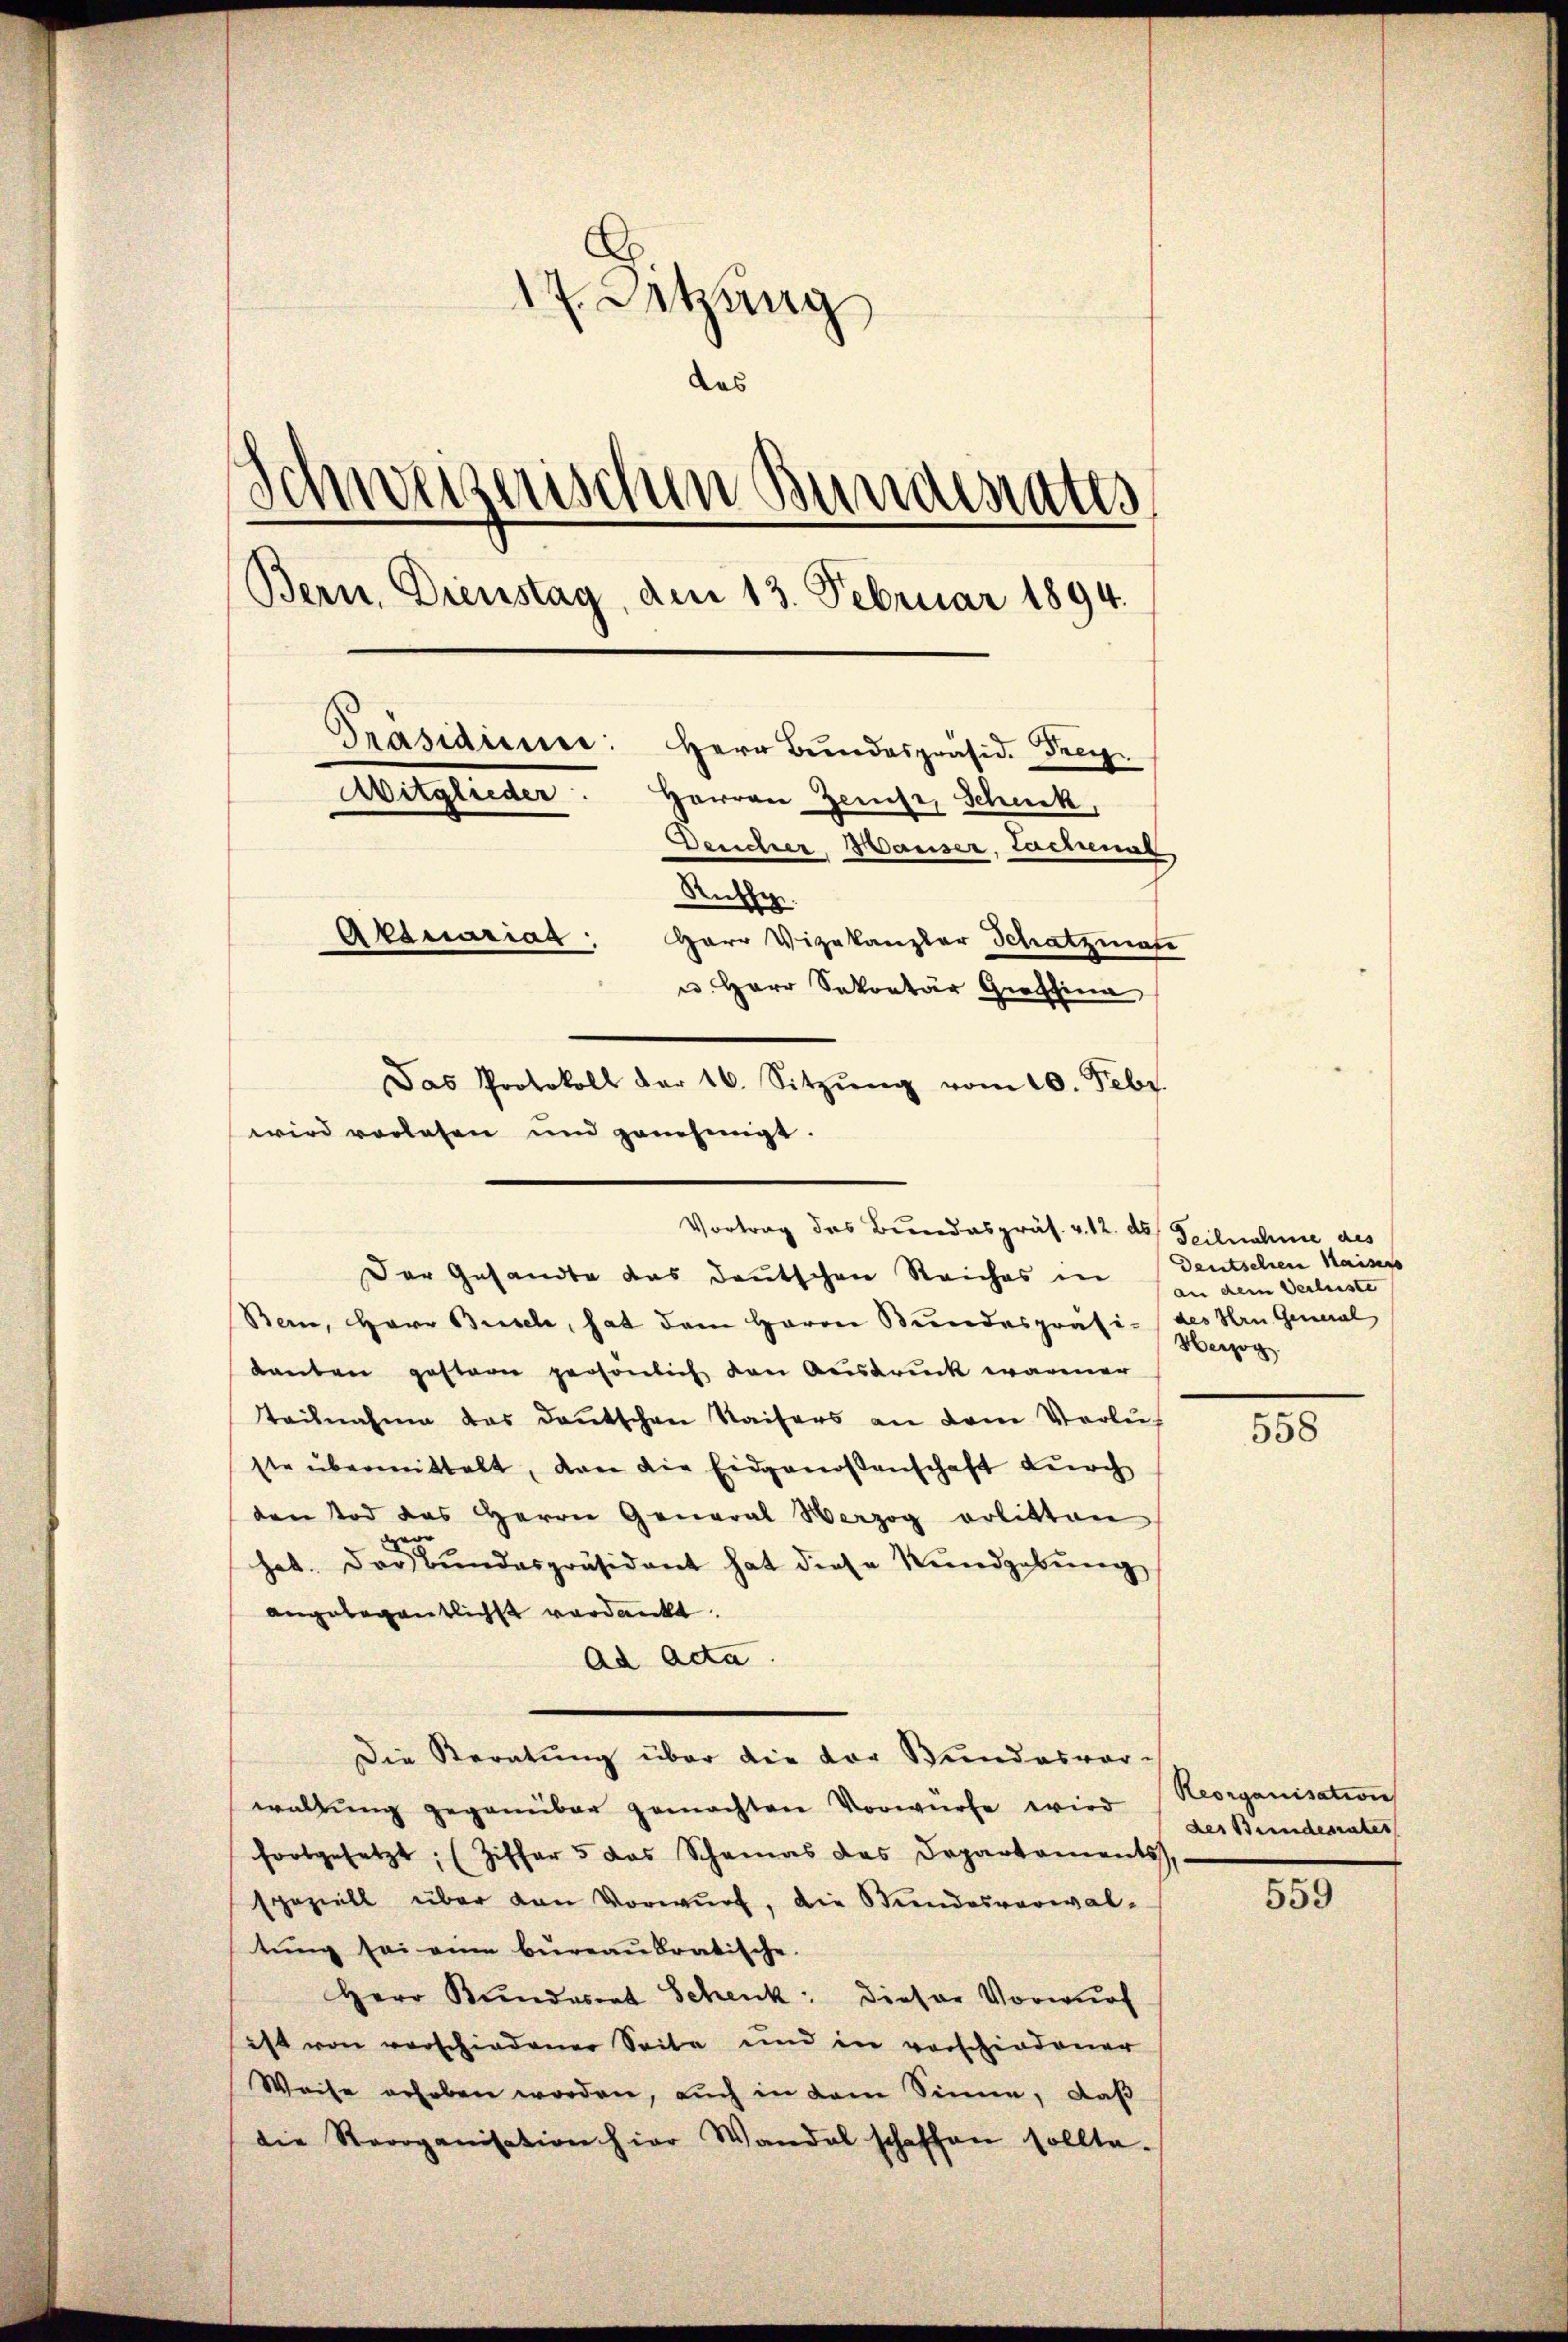
17 Sitzung
das
Schweizerischen Bunderates
Bern. Dienstag, den 13. Februar 1894.
Präsidium: Herr Bundespräsid. Frey
Aitglieder
Herren Zeuse, Schick,
2
Deucher, Hauser, Lachenal,
Russe
Aktuariag: Herr Vizekanzler Schatzmase
u. Herr Sekretär Grossin
Das Protokoll der 16. Sitzŭng vom 10. Febr.
wird vorlesen und genehmigt.

Vortrag des Bundespräs. v. 12. d. Teilnahme des

Der Gesandte das deutschen Reiches in
Bern, Herr Basel, hat dem Herrn Bundespräsi- des Hrn. General
Lanton gestern persönlich den Ausdruck warmer
Teilnahme das deutschen Kaisers an dem Verlus
ste übermittelt, von die Eidgenossenschaft durch
den Tod das Herrn General Verzog erlitten
hat. Das Bundespräsident hat diese Rundgebung
angelegentlichst verdankt.
Ad Acta
Die Beratung über die vor Bundesvor
waltŭng gegenüber gemachten Vorwürfe wird
fortgesetzt; (Ziffer 5 das Schamas das Departaments,
speziell über den Vorwurf, die Stundesverwal-
tung sei eine bureaubratische.
Herr Kundesrat Schenk: Dieser Vorwurf
ist von verschiedener Seite und in vorschiedener
Weise erhoben worden, auch in dem Sinne, daß
die Reorganisation hier Wandel schaffen sollte.

Deutschen Kaiser
an dem Verleiste
Herzog.

558

Reorganisation
der Bundesrates

559